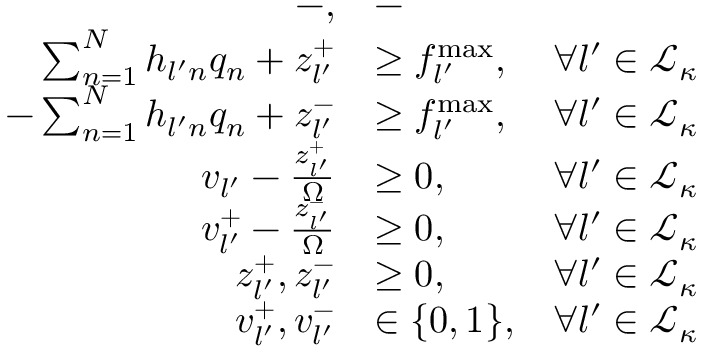
\begin{array} { r l r } { - , } & { - } \\ { \sum _ { n = 1 } ^ { N } h _ { l ^ { \prime } n } q _ { n } + z _ { l ^ { \prime } } ^ { + } } & { \geq f _ { l ^ { \prime } } ^ { \operatorname* { m a x } } , } & { \forall l ^ { \prime } \in \mathcal { L _ { \kappa } } } \\ { - \sum _ { n = 1 } ^ { N } h _ { l ^ { \prime } n } q _ { n } + z _ { l ^ { \prime } } ^ { - } } & { \geq f _ { l ^ { \prime } } ^ { \operatorname* { m a x } } , } & { \forall l ^ { \prime } \in \mathcal { L _ { \kappa } } } \\ { v _ { l ^ { \prime } } - \frac { z _ { l ^ { \prime } } ^ { + } } { \Omega } } & { \geq 0 , } & { \forall l ^ { \prime } \in \mathcal { L _ { \kappa } } } \\ { v _ { l ^ { \prime } } ^ { + } - \frac { z _ { l ^ { \prime } } ^ { - } } { \Omega } } & { \geq 0 , } & { \forall l ^ { \prime } \in \mathcal { L _ { \kappa } } } \\ { z _ { l ^ { \prime } } ^ { + } , z _ { l ^ { \prime } } ^ { - } } & { \geq 0 , } & { \forall l ^ { \prime } \in \mathcal { L _ { \kappa } } } \\ { v _ { l ^ { \prime } } ^ { + } , v _ { l ^ { \prime } } ^ { - } } & { \in \{ 0 , 1 \} , } & { \forall l ^ { \prime } \in \mathcal { L _ { \kappa } } } \end{array}